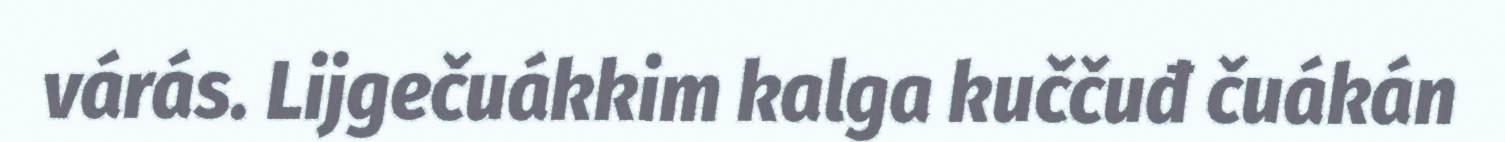
várás. Lijgečuákkim kalga kuččuđ čuákán